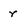
Character: r